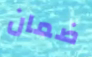
ضمان